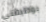
بوظيفتي